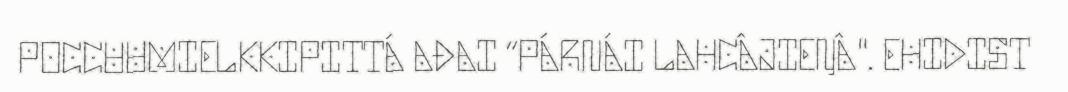
POCCUUMIELKKIPITTÁ AĐAI “PÁRNÁI LAHCÂJIEŊÂ". EHIDIST